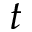
^ Ḋ t Ḍ